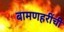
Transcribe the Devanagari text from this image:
बामणहरींची